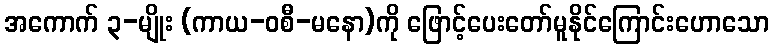
အကောက် ၃-မျိုး (ကာယ-ဝစီ-မနော)ကို ဖြောင့်ပေးတော်မူနိုင်ကြောင်းဟောသော